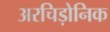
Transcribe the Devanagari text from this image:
अरचिड़ोनिक